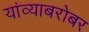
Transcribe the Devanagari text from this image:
यांव्याबरोबर